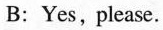
B:Yes, please.